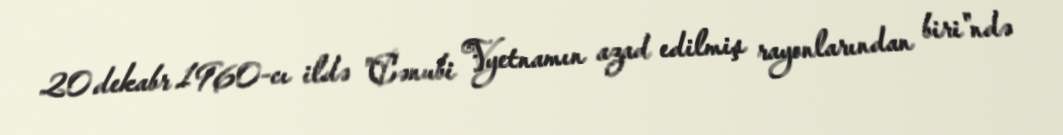
20 dekabr 1960-cı ildə "Cənubi Vyetnamın azad edilmiş rayonlarından biri"ndə